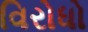
વિરોધો